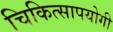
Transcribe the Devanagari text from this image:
चिकित्सापयोगी